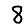
Digit: 8